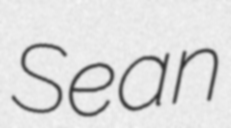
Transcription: Sean